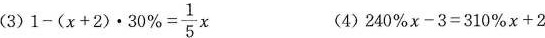
(3)$$1 - ( x + 2 ) \cdot 30 % = \frac { 1 } { 5 } x$$ (4)$$ 2 4 0 % x - 3 = 3 1 0 % x + 2$$